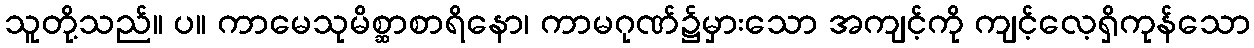
သူတို့သည်။ ပ။ ကာမေသုမိစ္ဆာစာရိနော၊ ကာမဂုဏ်၌မှားသော အကျင့်ကို ကျင့်လေ့ရှိကုန်သော